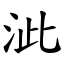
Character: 泚